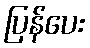
ပြန်ပေး